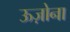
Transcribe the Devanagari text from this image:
ऊज़ोना